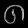
Digit: ၈